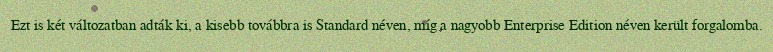
Ezt is két változatban adták ki, a kisebb továbbra is Standard néven, míg a nagyobb Enterprise Edition néven került forgalomba.